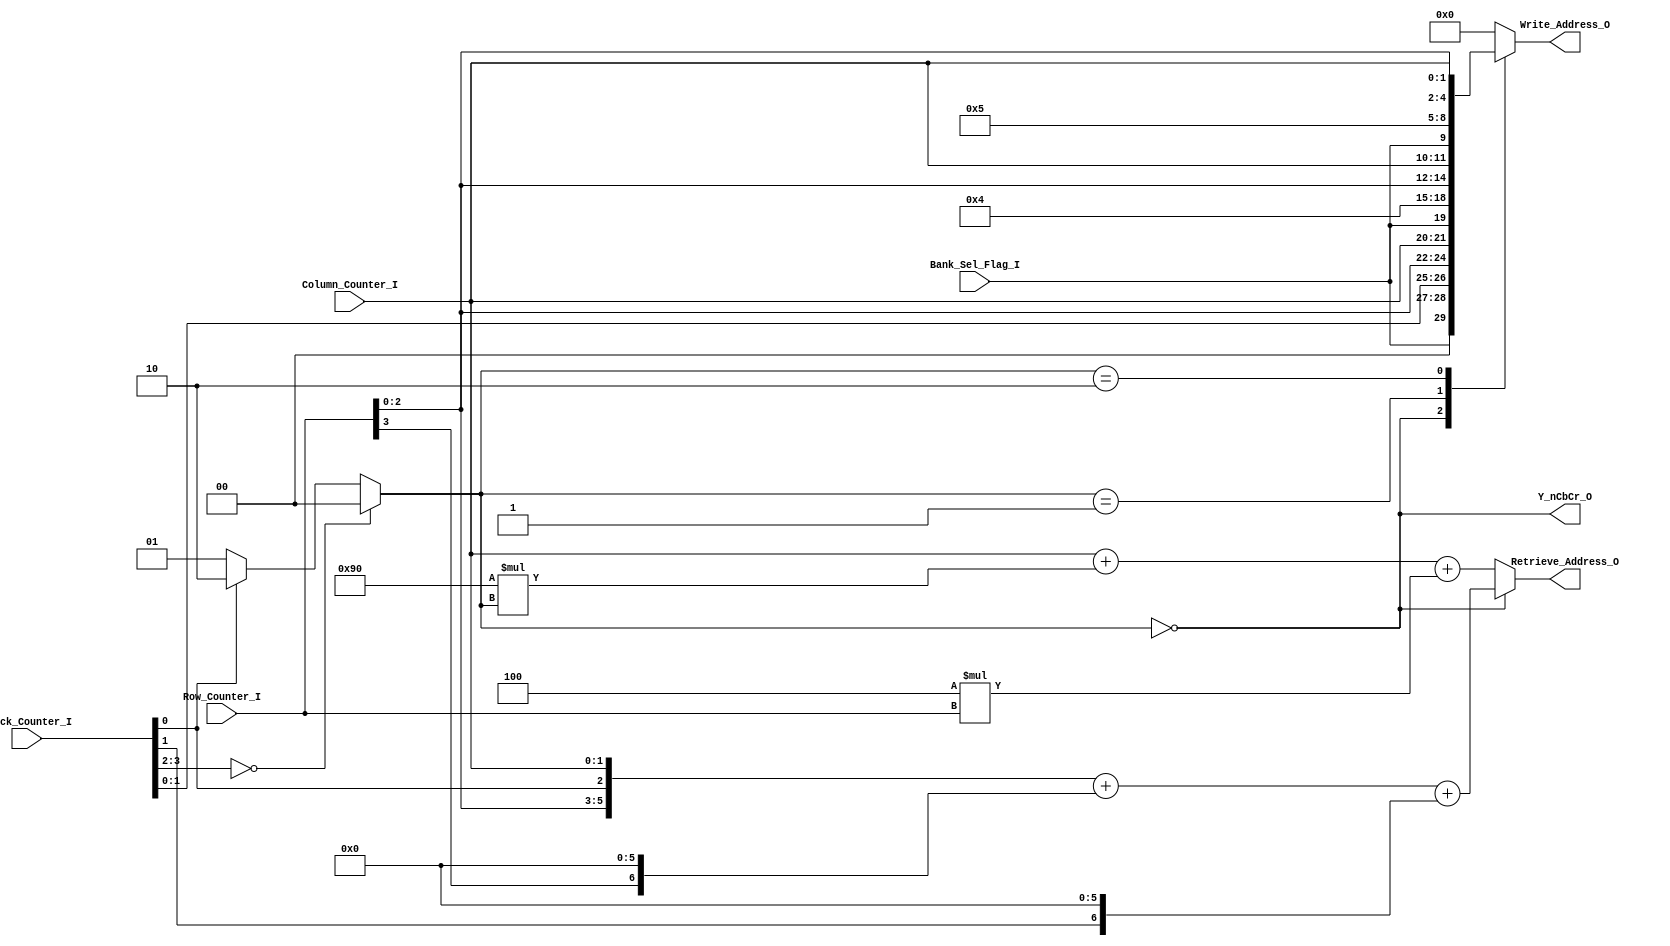
module Pred_Calc_Addr_Gen(
	Bank_Sel_Flag_I,
	Block_Counter_I,
	Row_Counter_I,
	Column_Counter_I,
	
	Write_Address_O,
	Retrieve_Address_O,
	Y_nCbCr_O
);

input 				Bank_Sel_Flag_I;
input 	[3:0]		Block_Counter_I;
input 	[3:0]		Row_Counter_I;
input		[1:0]		Column_Counter_I;
	
output reg [9:0]	Write_Address_O;
output 	[8:0]		Retrieve_Address_O;
output 				Y_nCbCr_O;

wire 		[1:0]		cc;
wire 		[3:0]		CbCr_row;

assign CbCr_row = Row_Counter_I;

assign cc = 
	(Block_Counter_I[3:2] == 2'h0) ? 2'h0 : 
	(Block_Counter_I[0]) ? 2'h2 : 2'h1;

assign Retrieve_Address_O = Y_nCbCr_O ? 
	{2'b00, Row_Counter_I[2:0], Block_Counter_I[0], Column_Counter_I} +
		{Row_Counter_I[3],6'h00} + {Block_Counter_I[1],6'h00} : 
	Column_Counter_I + (144 * cc) + 
		4 * CbCr_row;


always @(
	cc, Bank_Sel_Flag_I, Block_Counter_I, 
	Row_Counter_I, Column_Counter_I, CbCr_row
) begin
	Write_Address_O = 10'h000;
	case (cc)
		2'h0 : Write_Address_O = {
			Bank_Sel_Flag_I, 2'h0,
			Block_Counter_I[1:0], 
			Row_Counter_I[2:0],
			Column_Counter_I };  
		2'h1 : Write_Address_O = {
			Bank_Sel_Flag_I, 4'h4, 
			CbCr_row[2:0],	Column_Counter_I};
		2'h2 : Write_Address_O = {
			Bank_Sel_Flag_I, 4'h5, 
			CbCr_row[2:0],	Column_Counter_I};
	endcase				
end

assign Y_nCbCr_O = (cc == 2'h0);

endmodule